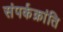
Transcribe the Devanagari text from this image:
संपर्कक्रांति